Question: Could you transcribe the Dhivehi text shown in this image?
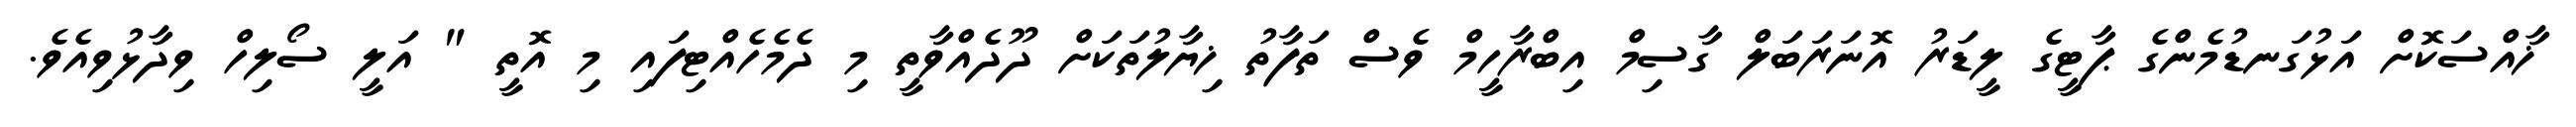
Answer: ޚާއްސަކޮށް އަޅުގަނޑުމެންގެ ޕާޓީގެ ލީޑަރު އޮނަރަބަލް ގާސިމް އިބްރާހީމް ވެސް ތަފާތު ޚިޔާލުތަކަށް ދޫދެއްވާތީ މި ދެމެހެއްޓިފައި މި އޮތީ " އަލީ ސޯލިހް ވިދާޅުވިއެވެ.